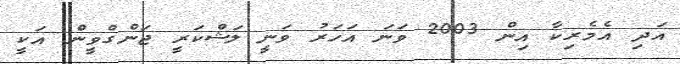
އަދި އެމެރިކާ އިން 2003 ވަނަ އަހަރު ވަނީ ލަޝްކަރީ ޖަންގްވީން އަކީ